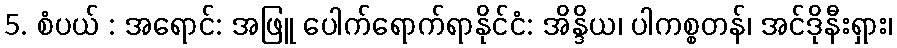
5. စံပယ် : အရောင်: အဖြူ ပေါက်ရောက်ရာနိုင်ငံ: အိန္ဒိယ၊ ပါကစ္စတန်၊ အင်ဒိုနီးရှား၊